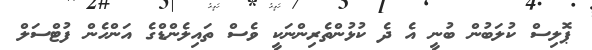
ޕޮލިސް ކުލަބުން ބުނީ އެ ދެ ކުޅުންތެރިންނަކީ ވެސް ތައިލެންޑްގެ އަންހެން ފުޓްސަލް